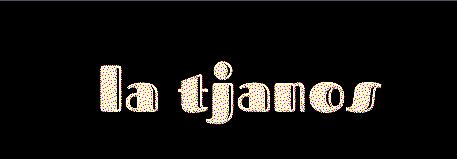
la tjanos